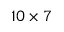
1 0 \times 7